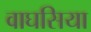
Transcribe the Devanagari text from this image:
वाघसिया